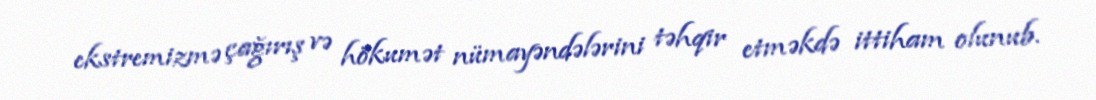
ekstremizmə çağırış və hökumət nümayəndələrini təhqir etməkdə ittiham olunub.